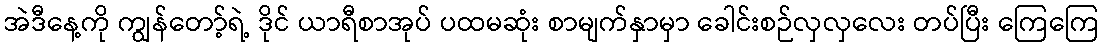
အဲဒီနေ့ကို ကျွန်တော့်ရဲ့ ဒိုင် ယာရီစာအုပ် ပထမဆုံး စာမျက်နှာမှာ ခေါင်းစဉ်လှလှလေး တပ်ပြီး ကြေကြေ